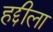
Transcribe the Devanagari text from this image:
हद्दीला